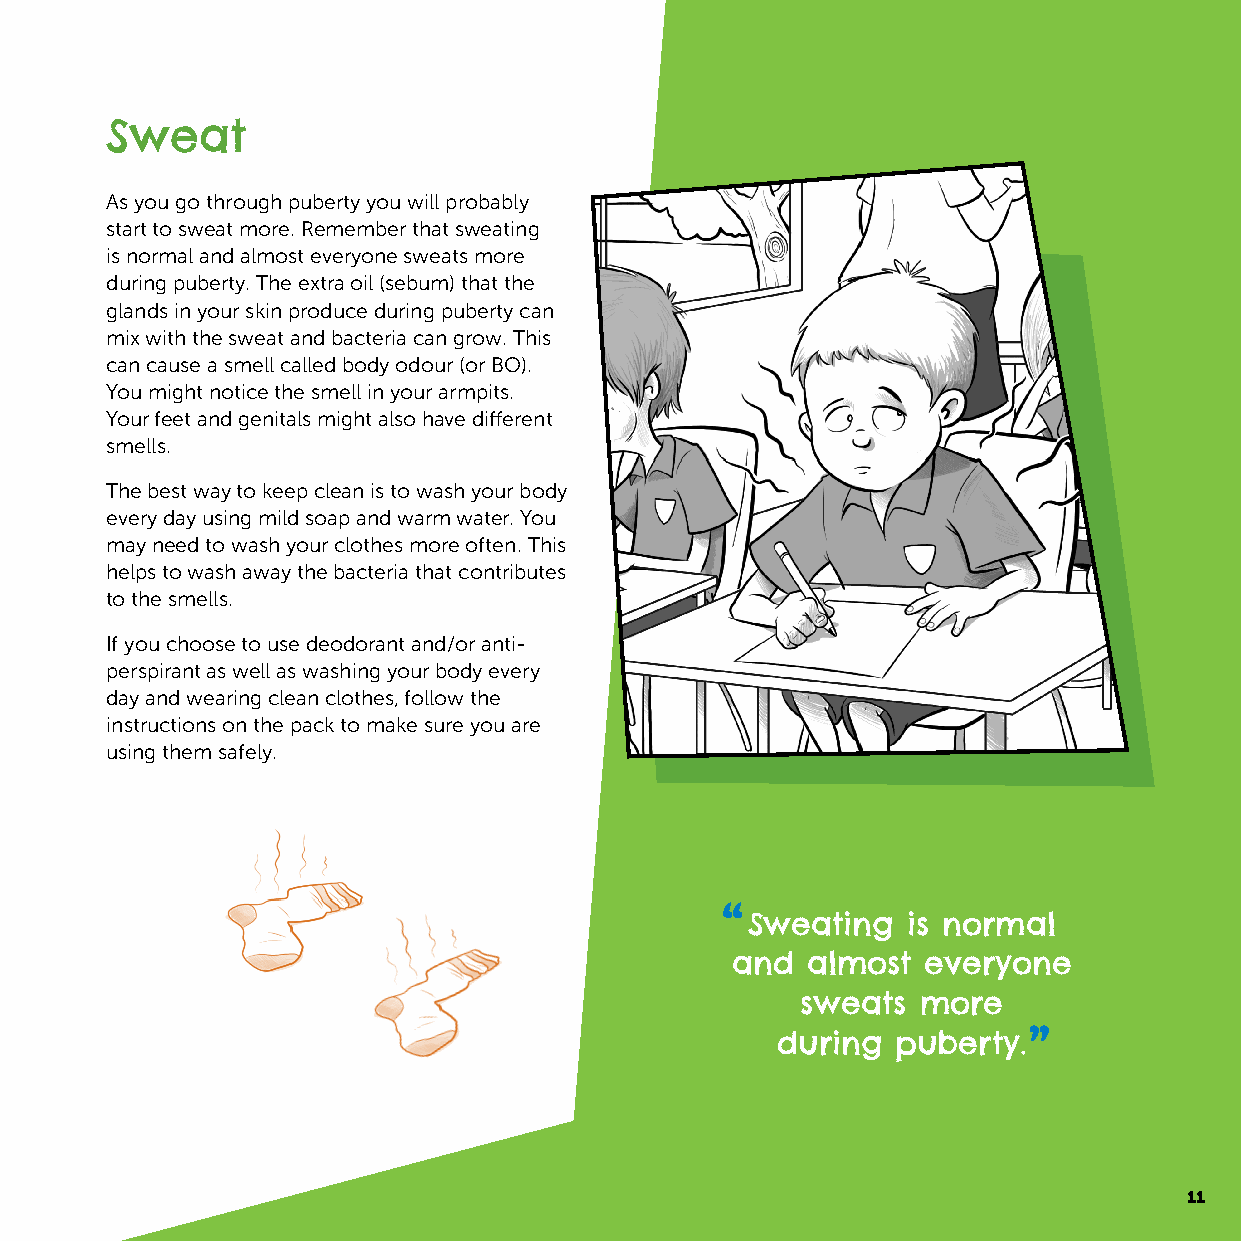
Sweat
 As you go through puberty you will probably
 start to sweat more. Remember that sweating
 is normal and almost everyone sweats more
 during puberty. The extra oil (sebum) that the
 glands in your skin produce during puberty can
 mix with the sweat and bacteria can grow. This
 can cause a smell called body odour (or BO).
 You might notice the smell in your armpits.
 Your feet and genitals might also have different
 smells.
 The best way to keep clean is to wash your body
 every day using mild soap and warm water. You
 may need to wash your clothes more often. This
 helps to wash away the bacteria that contributes
 to the smells.
 If you choose to use deodorant and/or anti-
 perspirant as well as washing your body every
 day and wearing clean clothes, follow the
 instructions on the pack to make sure you are
 using them safely.
 Sweating   is normal
 and  almost  everyone
 sweats  more
 during  puberty.
 11